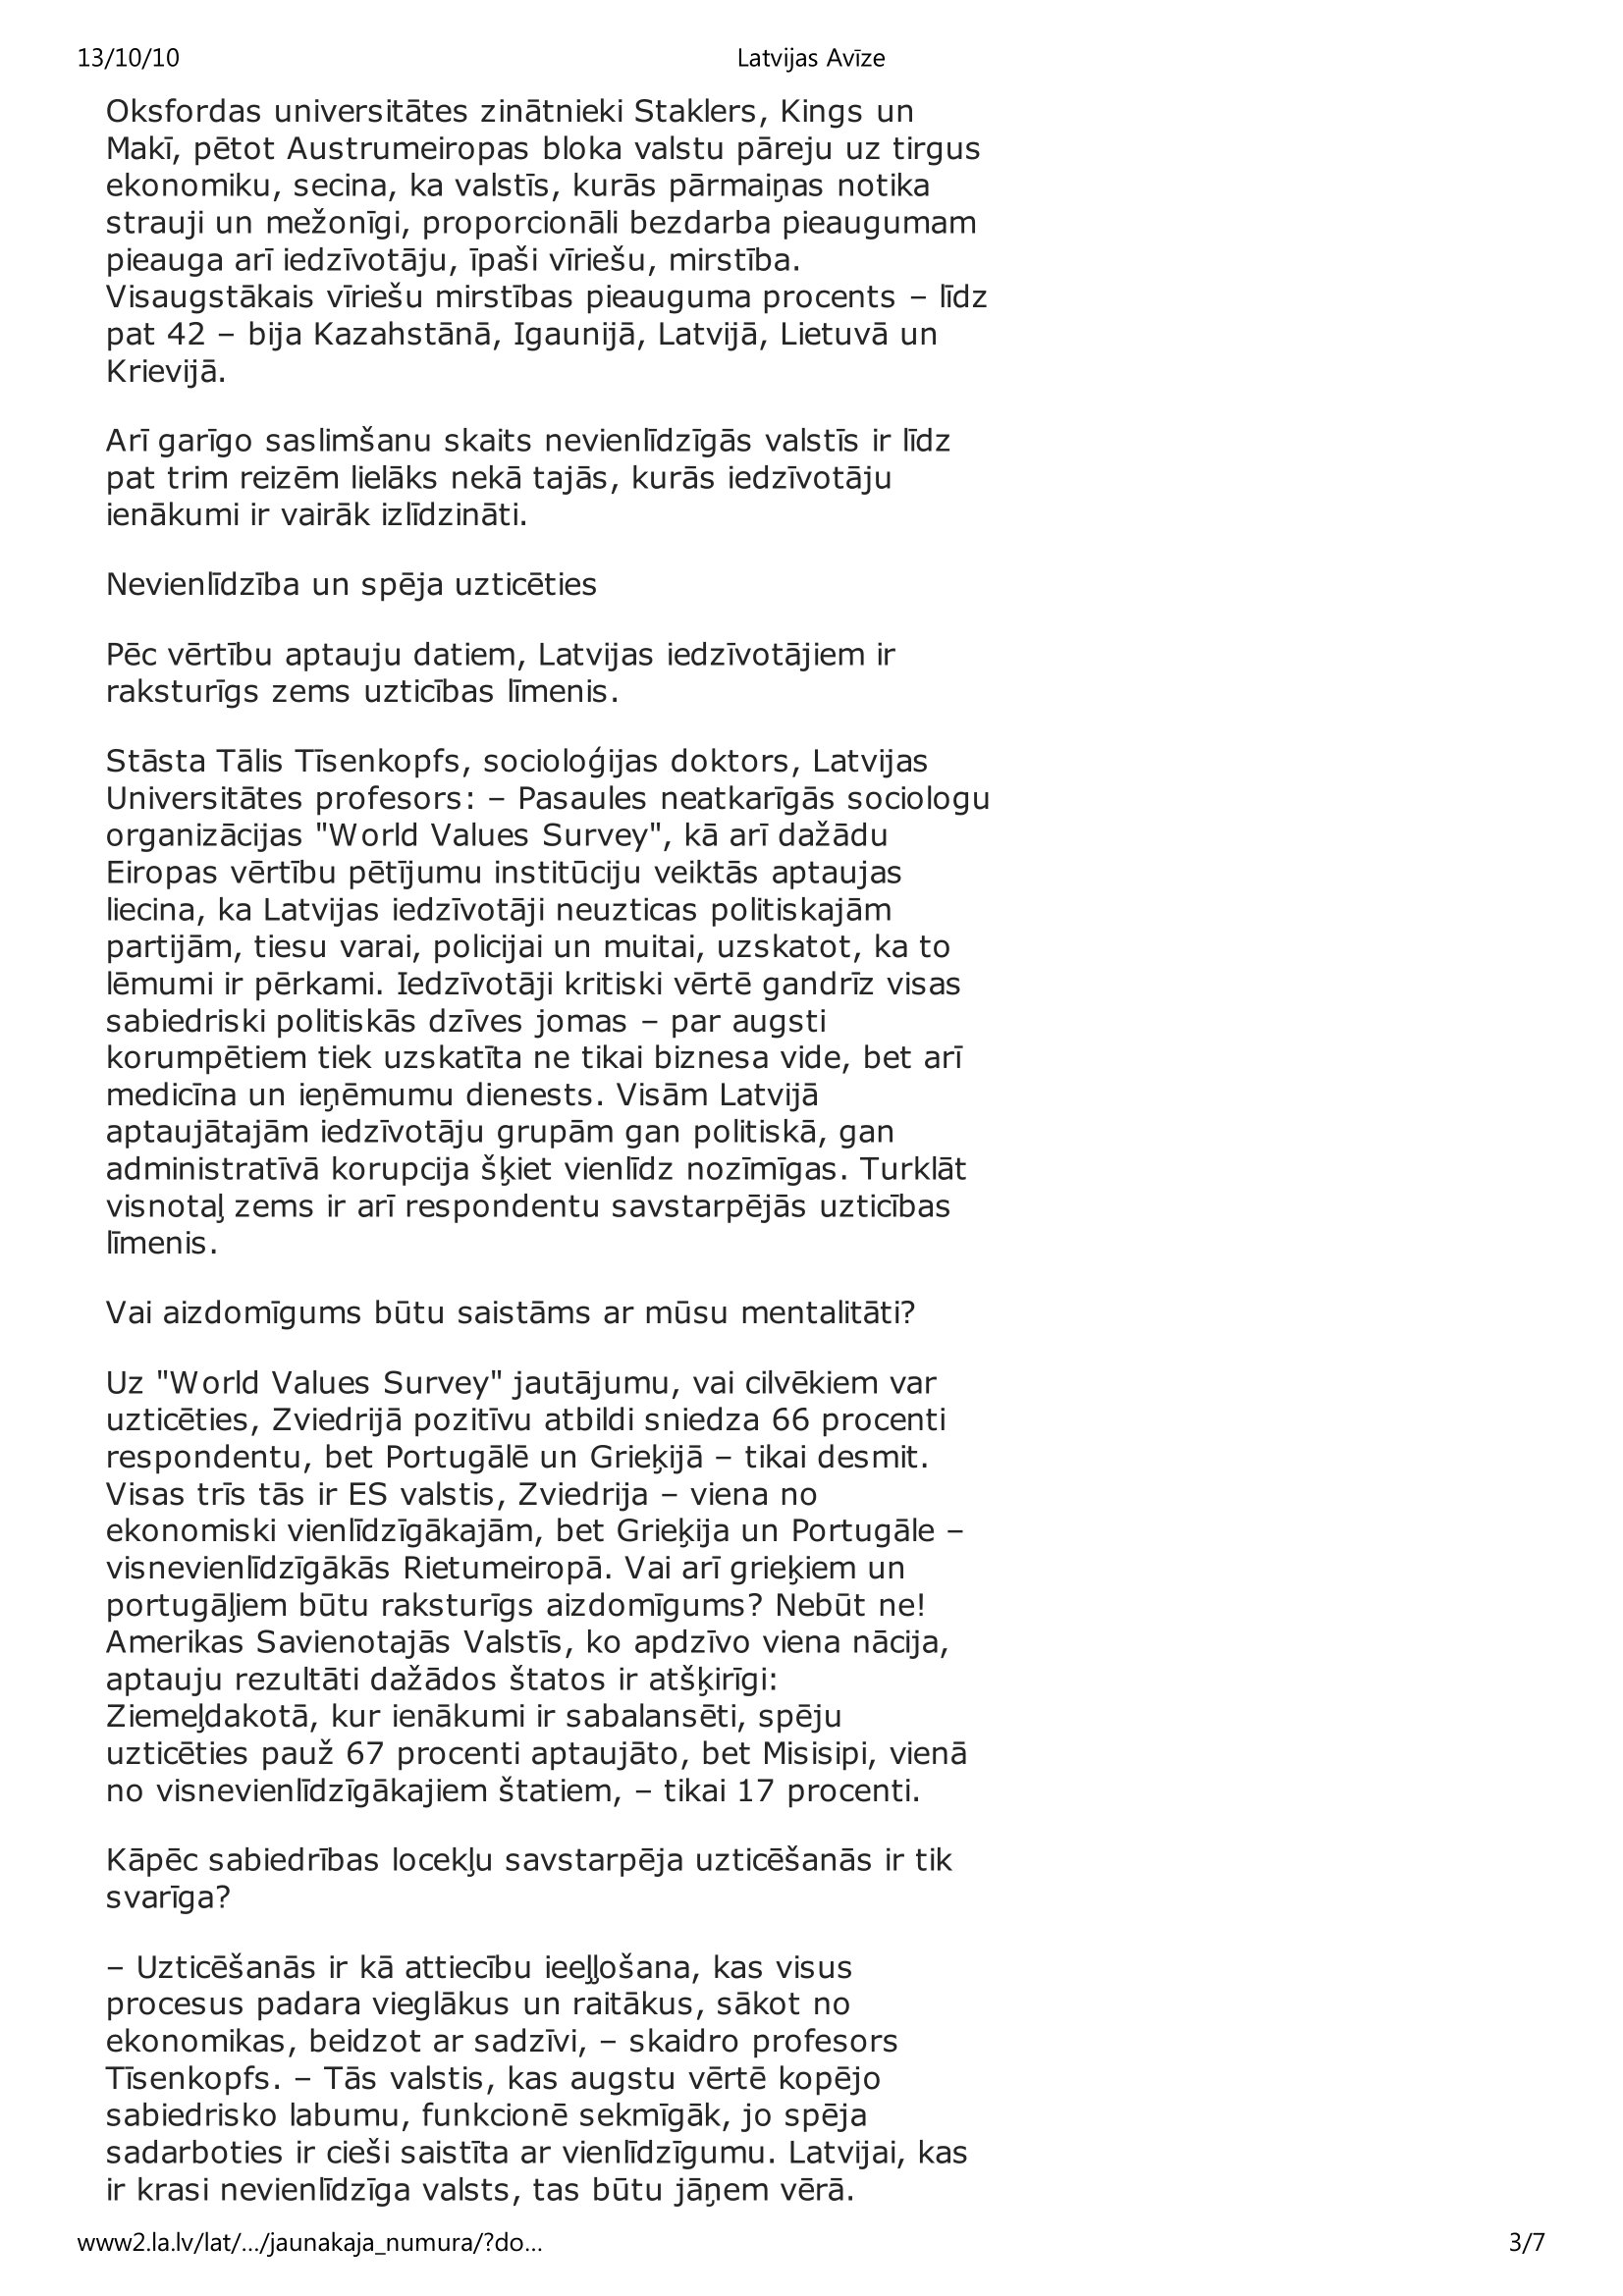
Language: lv